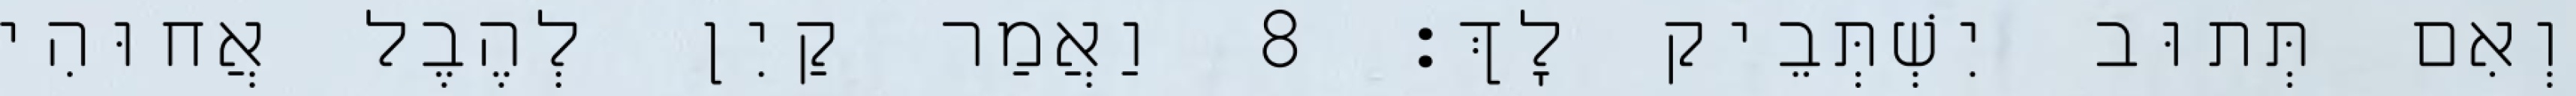
וְאִם תְּתוּב יִשְׁתְּבֵיק לָךְ׃ 8 וַאֲמַר קַיִן לְהֶבֶל אֲחוּהִי